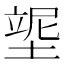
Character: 𡎿